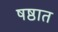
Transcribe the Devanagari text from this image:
षष्ठात